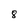
Character: 8